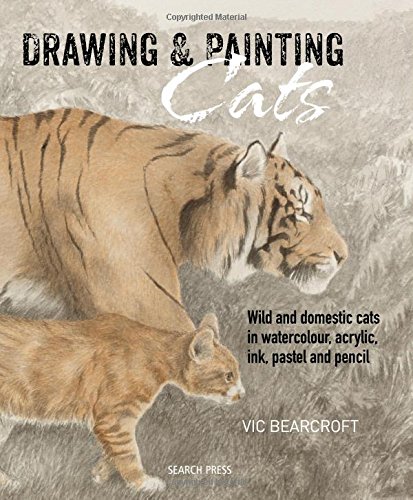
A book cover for Drawing & Painting Cats: Wild and domestic cats in watercolour, acrylic, ink, pastel and pencil; Vic Bearcroft; Arts & Photography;